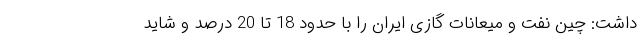
داشت: چین نفت و میعانات گازی ایران را با حدود 18 تا 20 درصد و شاید